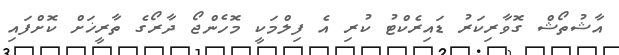
އާޝުތޯޝް ގޮވާރިކަރު ޑައިރެކްޓު ކުރި އެ ފިލްމަކީ މޮހެންޖޯ ދާރޯގެ ތާރީޚަށް ކޮށްފައި